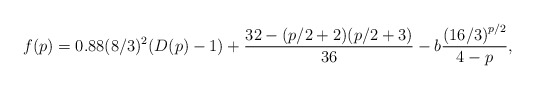
\begin{align*}f(p) = 0.88(8/3)^2(D(p)-1) + \frac{32-(p/2+2)(p/2+3)}{36} - b\frac{\left(16/3\right)^{p/2}}{4-p},\end{align*}